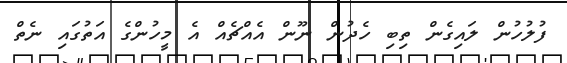
ފުލުހުން ލައިގެން ތިބި ހެދުން ނޫން އެއްޗެއް އެ މީހުންގެ އަތުގައި ނެތް